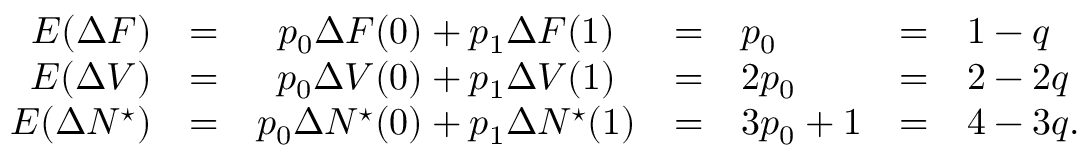
\begin{array} { r c c c l c l } { E ( \Delta F ) } & { = } & { p _ { 0 } \Delta F ( 0 ) + p _ { 1 } \Delta F ( 1 ) } & { = } & { p _ { 0 } } & { = } & { 1 - q } \\ { E ( \Delta V ) } & { = } & { p _ { 0 } \Delta V ( 0 ) + p _ { 1 } \Delta V ( 1 ) } & { = } & { 2 p _ { 0 } } & { = } & { 2 - 2 q } \\ { E ( \Delta N ^ { \star } ) } & { = } & { p _ { 0 } \Delta N ^ { \star } ( 0 ) + p _ { 1 } \Delta N ^ { \star } ( 1 ) } & { = } & { 3 p _ { 0 } + 1 } & { = } & { 4 - 3 q . } \end{array}